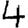
Digit: 4